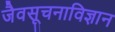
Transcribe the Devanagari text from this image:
जैवसूचनाविज्ञान